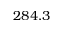
2 8 4 . 3